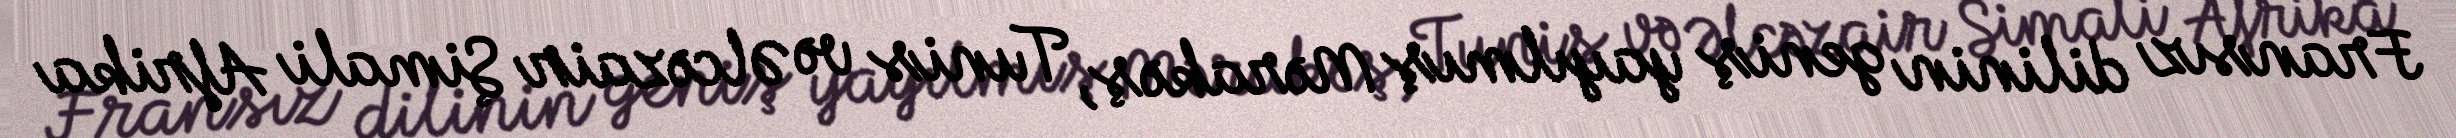
Fransız dilinin geniş yayılmış Mərakəş, Tunis və Əlcəzair Şimali Afrika